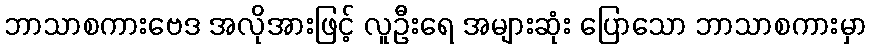
ဘာသာစကားဗေဒ အလိုအားဖြင့် လူဦးရေ အများဆုံး ပြောသော ဘာသာစကားမှာ